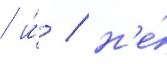
/ и́ / н'е́